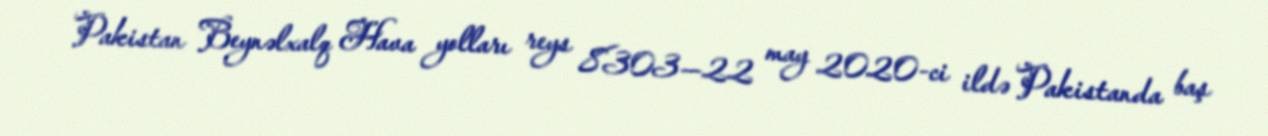
Pakistan Beynəlxalq Hava yolları reys 8303—22 may 2020-ci ildə Pakistanda baş